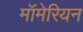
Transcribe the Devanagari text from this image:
मॉमेरियन